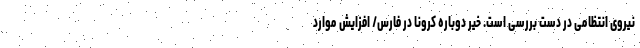
نیروی انتظامی در دست بررسی است. خیر دوباره کرونا در فارس/ افزایش موارد